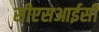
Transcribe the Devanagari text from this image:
सीएसआईसी